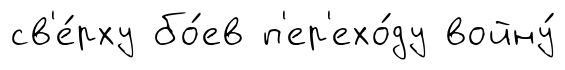
св'е́рху бо́ев п'ер'ехо́ду войну́